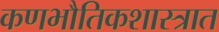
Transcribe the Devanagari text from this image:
कणभौतिकशास्त्रात